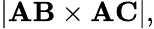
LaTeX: |\mathbf{AB}\times\mathbf{AC}|,